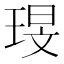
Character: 琝